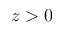
z > 0